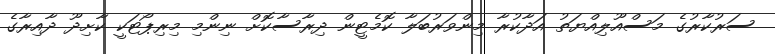
ސަރުކާރުގެ މަސްއޫލިއްޔަތު އަދާކުރާ މިންވަރުބަލާ ކޮމެޓީން ދިރާސާކޮށް ނިންމި މިރިޕޯޓަކީ ކާށިދޫ ދާއިރާގެ